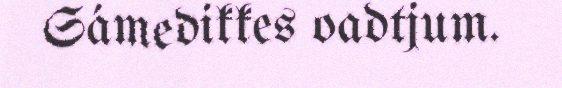
Sámedikkes oadtjum.